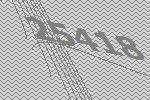
25418